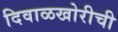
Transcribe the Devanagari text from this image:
दिवाळखोरीची